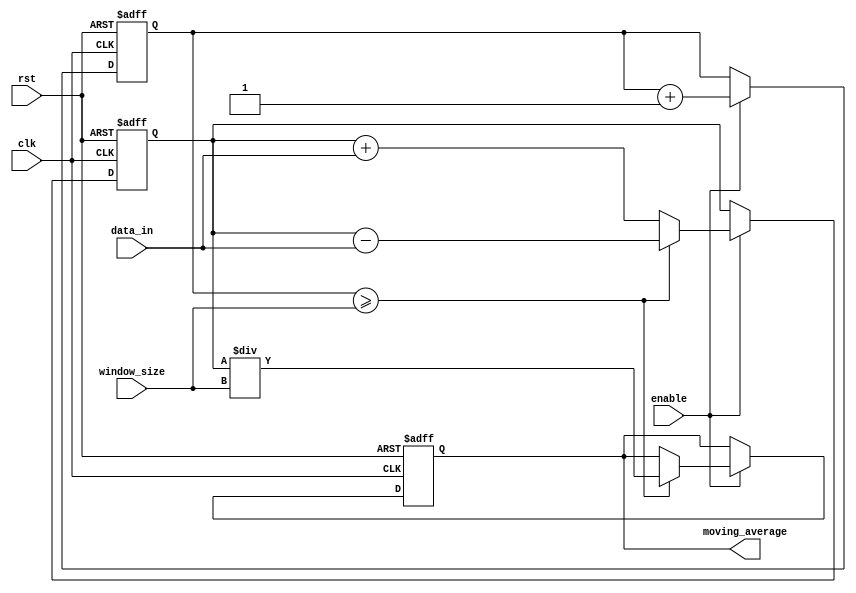
module moving_average_accumulator (
    input wire clk,
    input wire rst,
    input wire [7:0] data_in,
    input wire enable,
    input wire [3:0] window_size,
    output reg [15:0] moving_average
);

reg [15:0] sum;
reg [3:0] count;

always @(posedge clk or posedge rst) begin
    if (rst) begin
        sum <= 16'b0;
        count <= 4'b0;
        moving_average <= 16'b0;
    end else if (enable) begin
        sum <= sum + data_in;
        count <= count + 1;
        if (count >= window_size) begin
            moving_average <= sum / window_size;
            sum <= sum - data_in;
        end
    end
end

endmodule